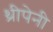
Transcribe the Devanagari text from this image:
थ्रीपेनी